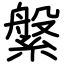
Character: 縏